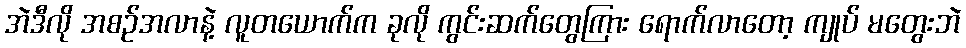
အဲဒီလို အစဉ်အလာနဲ့ လူတယောက်က ခုလို ကွင်းဆက်တွေကြား ရောက်လာတော့ ကျုပ် မတွေးဘဲ